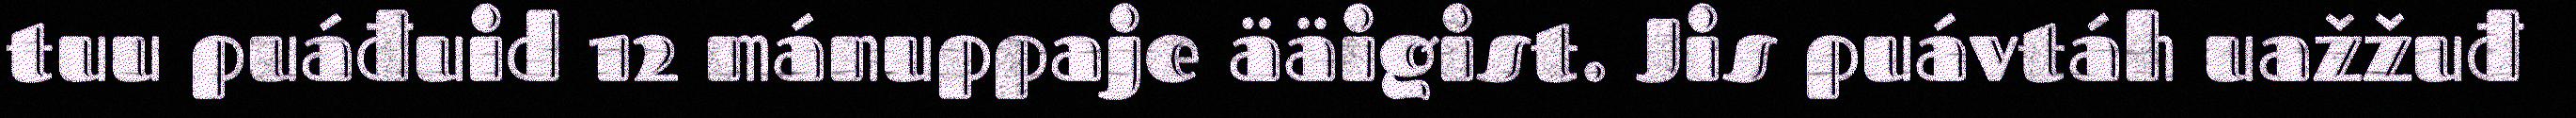
tuu puáđuid 12 mánuppaje ääigist. Jis puávtáh uažžuđ